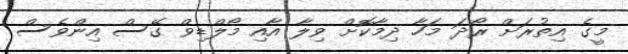
މީގެ އިތުރަށް ރޯދަ މަހާ ދިމާކޮށް ވިލާ އާއި މޯލްޑިވް ގޭސް އިންވެސް